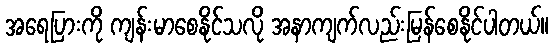
အရေပြားကို ကျန်းမာစေနိုင်သလို အနာကျက်လည်းမြန်စေနိုင်ပါတယ်။